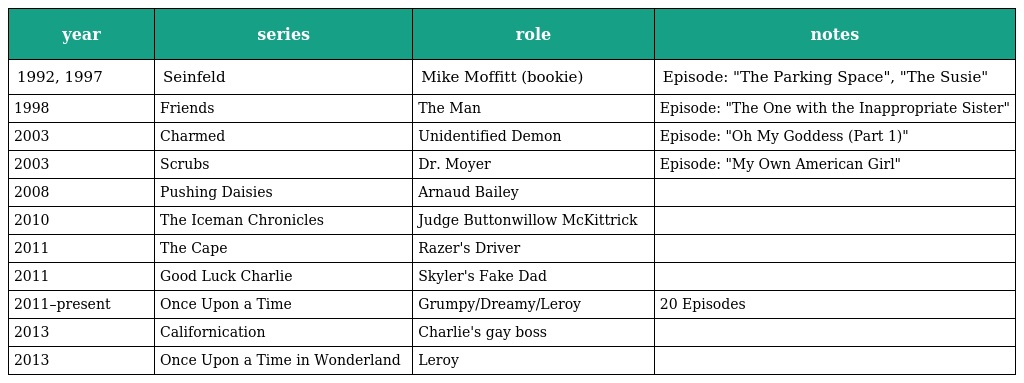
| year | series | role | notes |
 | --- | --- | --- | --- |
 | 1992, 1997 | Seinfeld | Mike Moffitt (bookie) | Episode: "The Parking Space", "The Susie" |
 | 1998 | Friends | The Man | Episode: "The One with the Inappropriate Sister" |
 | 2003 | Charmed | Unidentified Demon | Episode: "Oh My Goddess (Part 1)" |
 | 2003 | Scrubs | Dr. Moyer | Episode: "My Own American Girl" |
 | 2008 | Pushing Daisies | Arnaud Bailey |  |
 | 2010 | The Iceman Chronicles | Judge Buttonwillow McKittrick |  |
 | 2011 | The Cape | Razer's Driver |  |
 | 2011 | Good Luck Charlie | Skyler's Fake Dad |  |
 | 2011–present | Once Upon a Time | Grumpy/Dreamy/Leroy | 20 Episodes |
 | 2013 | Californication | Charlie's gay boss |  |
 | 2013 | Once Upon a Time in Wonderland | Leroy |  |